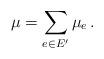
LaTeX: \begin{align*} \mu = \sum_{e\in E'} \mu_e\,. \end{align*}